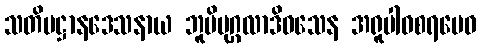
သတိပဋ္ဌာနဒေသနာယ ဘူမိပုဂ္ဂလာဒိဝသေန အရူပါဝစရမေဝ